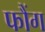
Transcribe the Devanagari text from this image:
फौंग